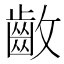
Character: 𱌛